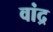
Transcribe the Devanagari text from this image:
वांद्र